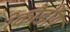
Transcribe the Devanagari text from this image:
रेकौर्डींग